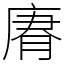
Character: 𢉼